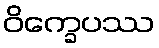
ဝိက္ခေပဿ